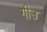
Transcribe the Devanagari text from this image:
गीउ